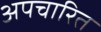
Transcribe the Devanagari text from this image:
अपचारित